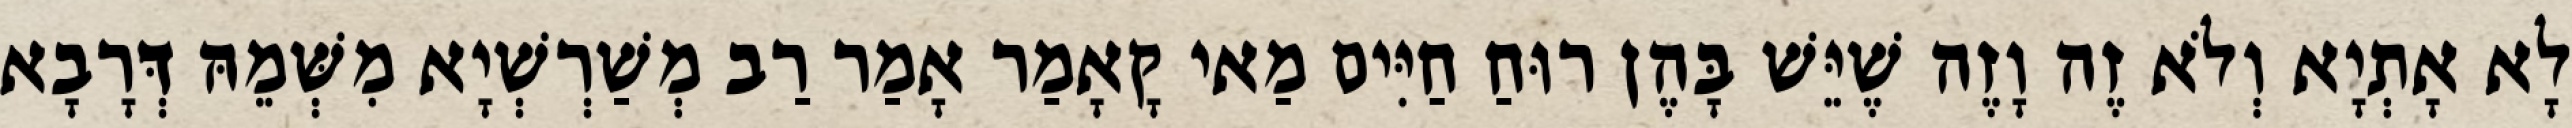
לָא אָתְיָא וְלֹא זֶה וָזֶה שֶׁיֵּשׁ בָּהֶן רוּחַ חַיִּים מַאי קָאָמַר אָמַר רַב מְשַׁרְשְׁיָא מִשְּׁמֵהּ דְּרָבָא